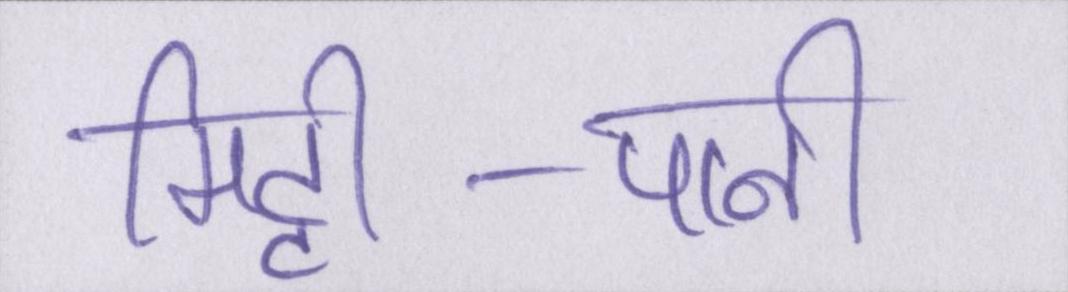
मिट्टी-पानी